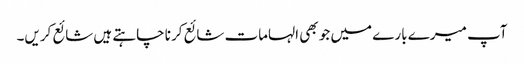
آپ میرے بارے میں جو بھی الہامات شائع کرنا چاہتے ہیں شائع کریں۔